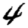
Digit: 4